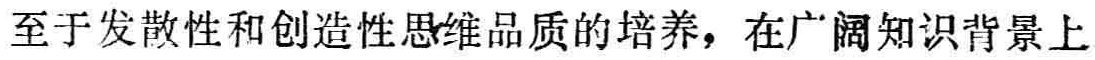
至于发散性和创造性思维品质的培养，在广阔知识背景上